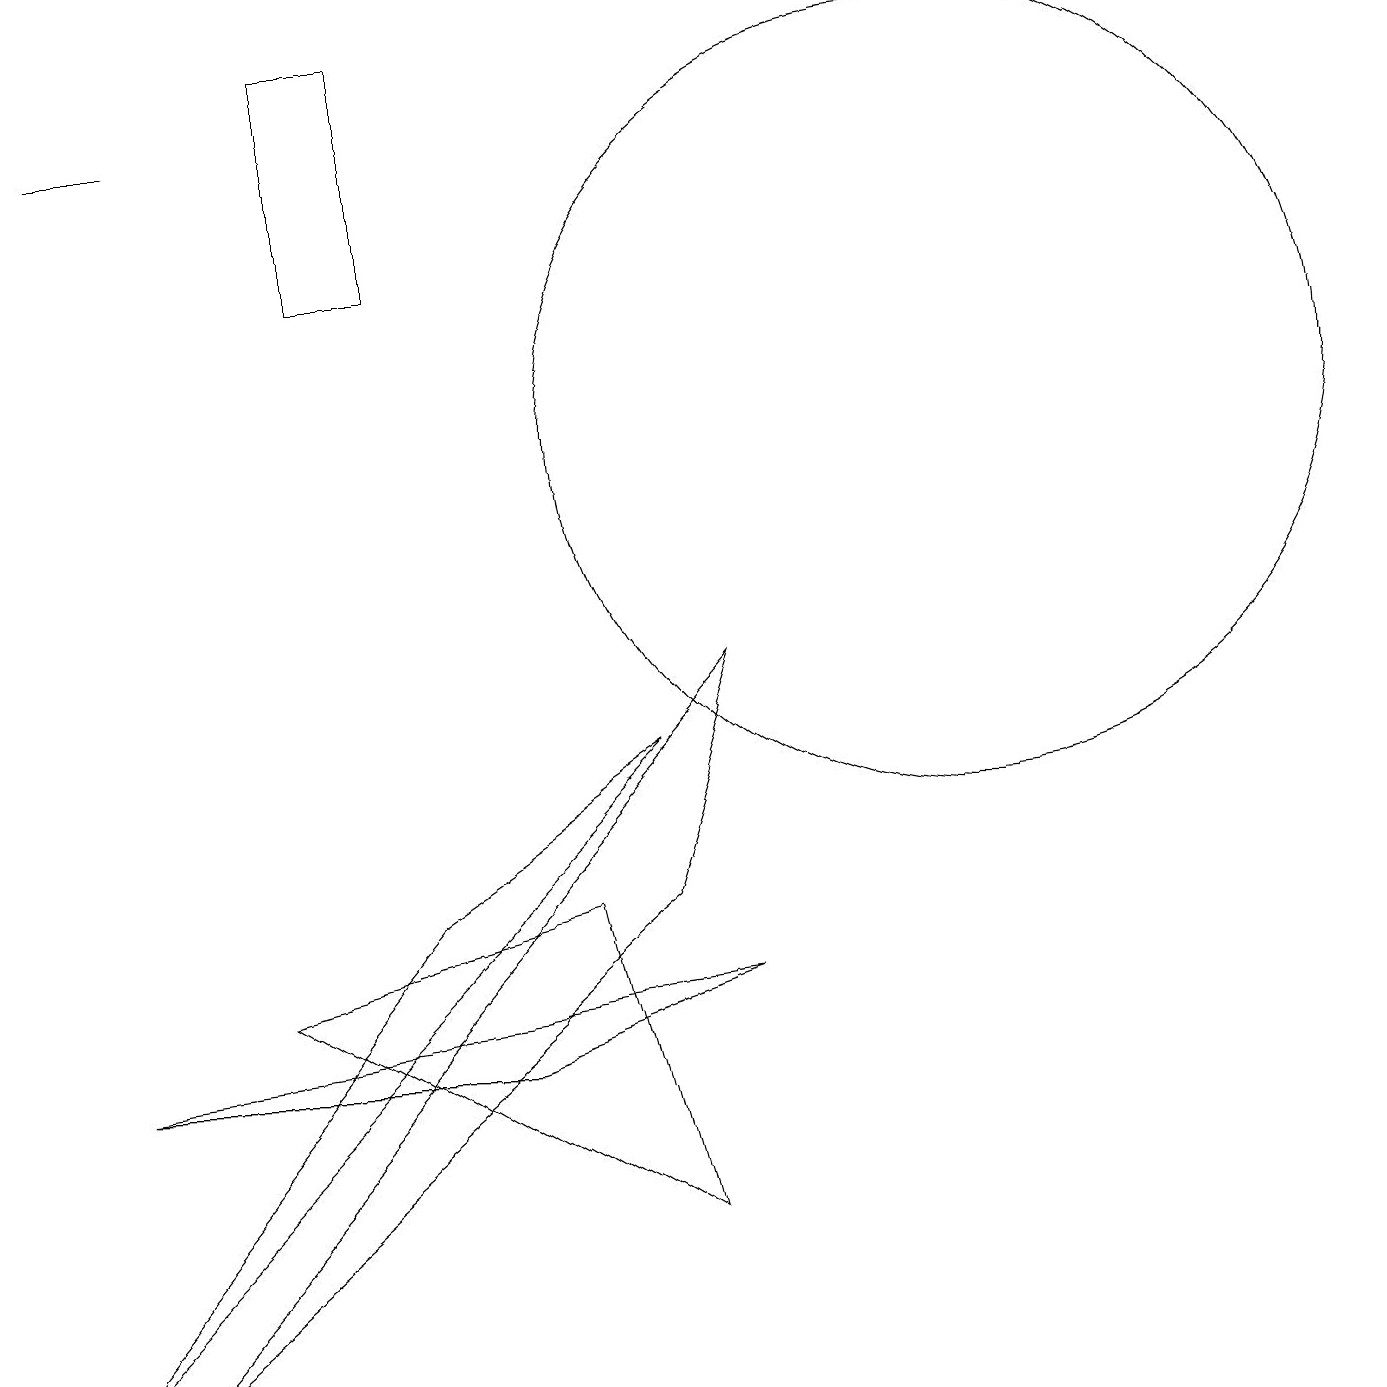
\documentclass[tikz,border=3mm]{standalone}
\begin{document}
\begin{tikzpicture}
\draw (8,6) -- (1,0) -- (9,9) -- cycle;
\draw (6,4) -- (9,5) -- (1,4) -- cycle;
\draw (1,16) rectangle (2,16);
\draw (3,5) -- (7,6) -- (8,2) -- cycle;
\draw (5,6) -- (8,8) -- (0,0) -- cycle;
\draw (4,14) rectangle (5,17);
\draw (12,12) circle (5);
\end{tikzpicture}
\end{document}